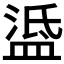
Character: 𥁼